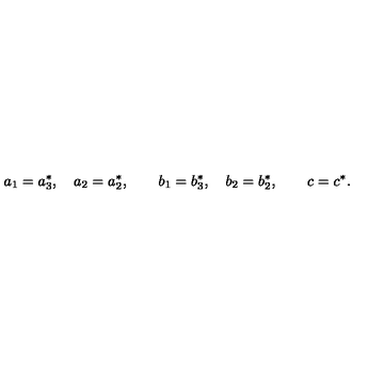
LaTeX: a _ { 1 } = a _ { 3 } ^ { \ast } , \quad a _ { 2 } = a _ { 2 } ^ { \ast } , \qquad b _ { 1 } = b _ { 3 } ^ { \ast } , \quad b _ { 2 } = b _ { 2 } ^ { \ast } , \qquad c = c ^ { \ast } .